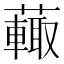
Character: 𧁍